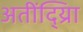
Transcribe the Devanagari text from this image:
अतींद्य्राि